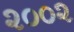
૨૦૦૨